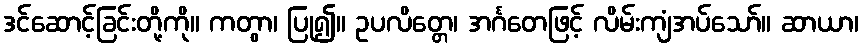
ဒင်ဆောင့်ခြင်းတို့ကို။ ကတွာ၊ ပြု၍။ ဥပလိတ္တေ၊ အင်္ဂတေဖြင့် လိမ်းကျံအပ်သော်။ ဆာယာ၊